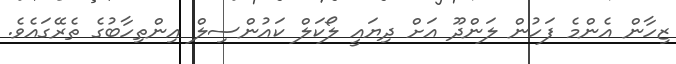
ޒިހާން އެންމެ ފަހުން ލަންދޫ އަށް ދިޔައީ ލޯކަލް ކައުންސިލް އިންތިހާބުގެ ތެރޭގައެވެ.